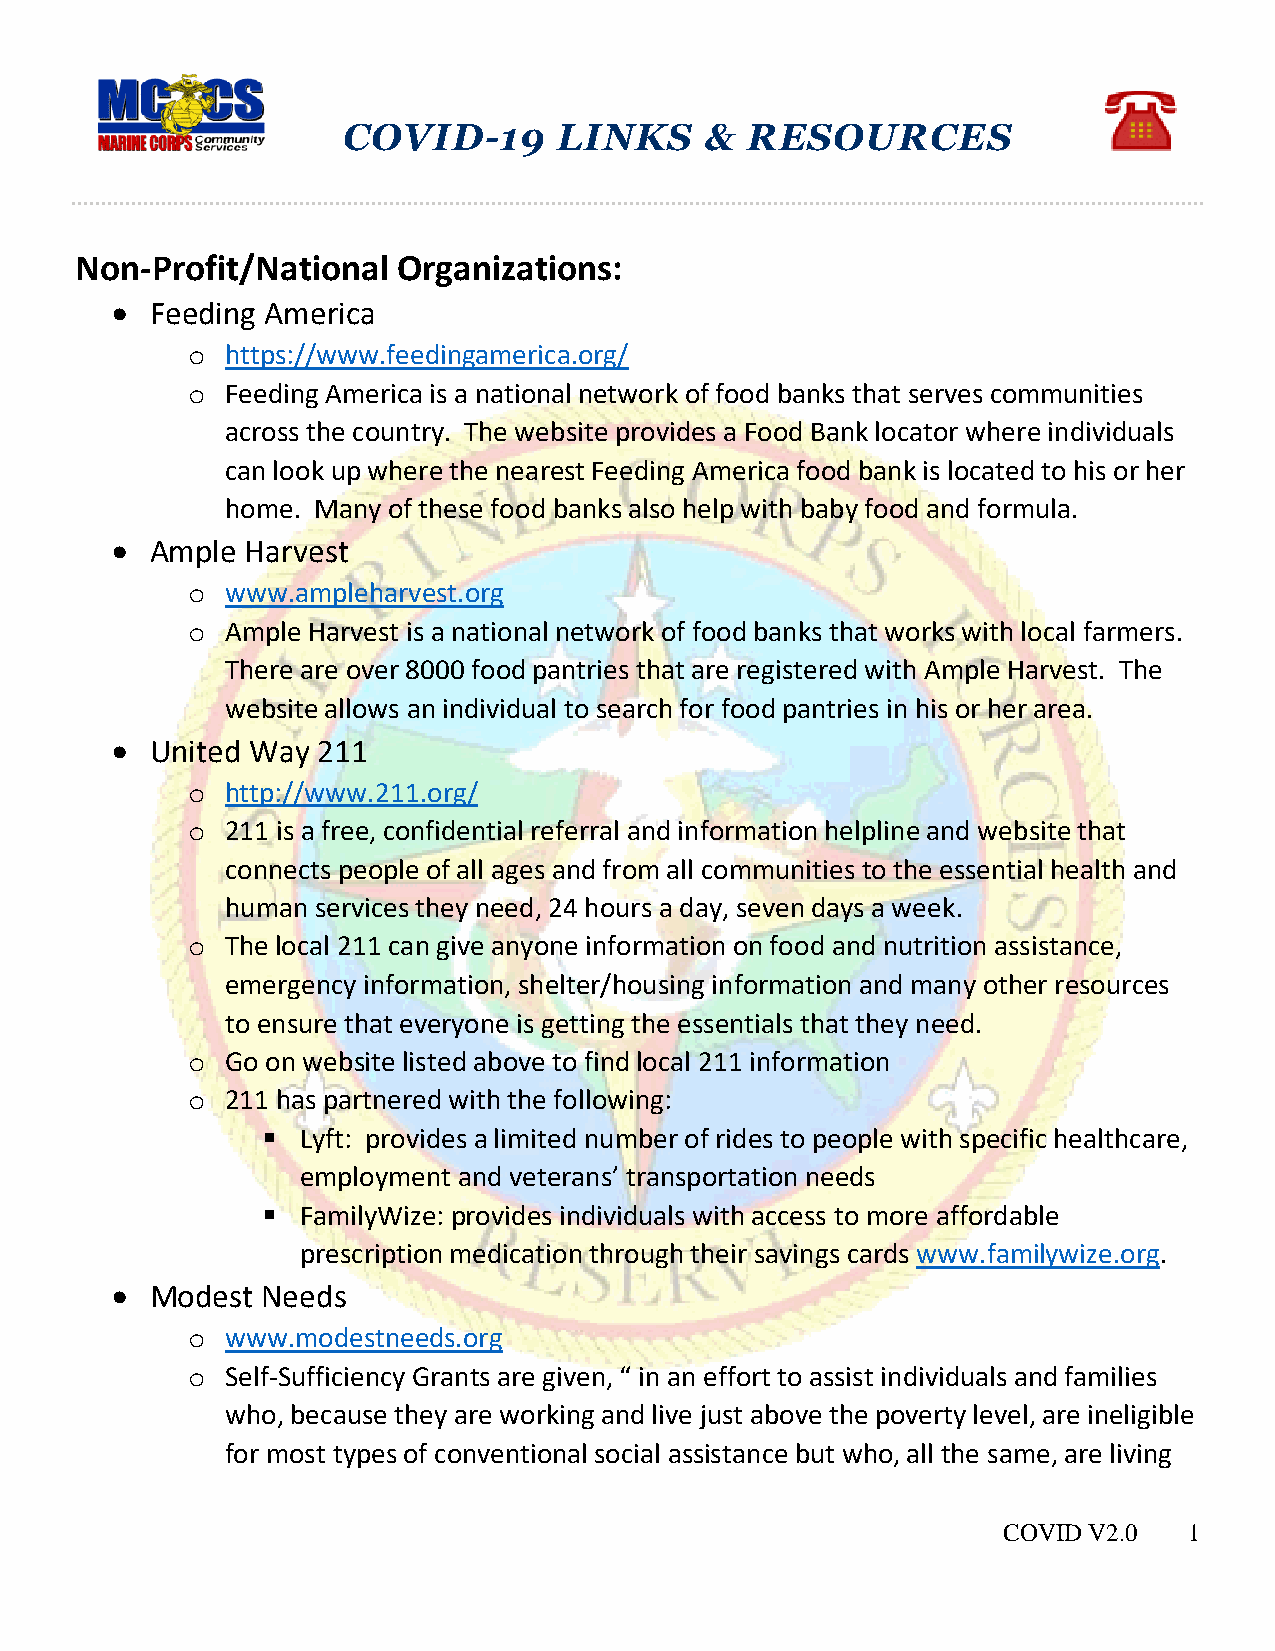
COVID-19      LINKS     & RESOURCES
 Non-Profit/National  Organizations:
   Feeding America
 o  https://www.feedingamerica.org/
 o  Feeding America is a national network of food banks that serves communities
 across the country. The website provides a Food Bank locator where individuals
 can look up where the nearest Feeding America food bank is located to his or her
 home. Many of these food banks also help with baby food and formula.
   Ample Harvest
 o  www.ampleharvest.org
 o  Ample Harvest is a national network of food banks that works with local farmers.
 There are over 8000 food pantries that are registered with Ample Harvest. The
 website allows an individual to search for food pantries in his or her area.
   United Way 211
 o  http://www.211.org/
 o  211 is a free, confidential referral and information helpline and website that
 connects people of all ages and from all communities to the essential health and
 human services they need, 24 hours a day, seven days a week.
 o  The local 211 can give anyone information on food and nutrition assistance,
 emergency information, shelter/housing information and many other resources
 to ensure that everyone is getting the essentials that they need.
 o  Go on website listed above to find local 211 information
 o  211 has partnered with the following:
   Lyft: provides a limited number of rides to people with specific healthcare,
 employment and veterans’ transportation needs
   FamilyWize: provides individuals with access to more affordable
 prescription medication through their savings cards www.familywize.org.
   Modest Needs
 o  www.modestneeds.org
 o  Self-Sufficiency Grants are given, “ in an effort to assist individuals and families
 who, because they are working and live just above the poverty level, are ineligible
 for most types of conventional social assistance but who, all the same, are living
 COVID V2.0   1